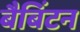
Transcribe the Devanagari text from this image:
बैबिंटन